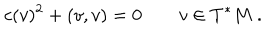
c ( v ) ^ { 2 } + ( v , v ) = 0 \qquad v \in T ^ { * } M \ .